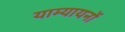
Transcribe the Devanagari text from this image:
याम्यायनों